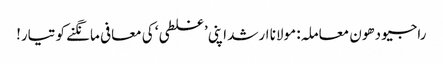
راجیو دھون معاملہ: مولانا ارشد اپنی ’غلطی‘ کی معافی مانگنے کو تیار!